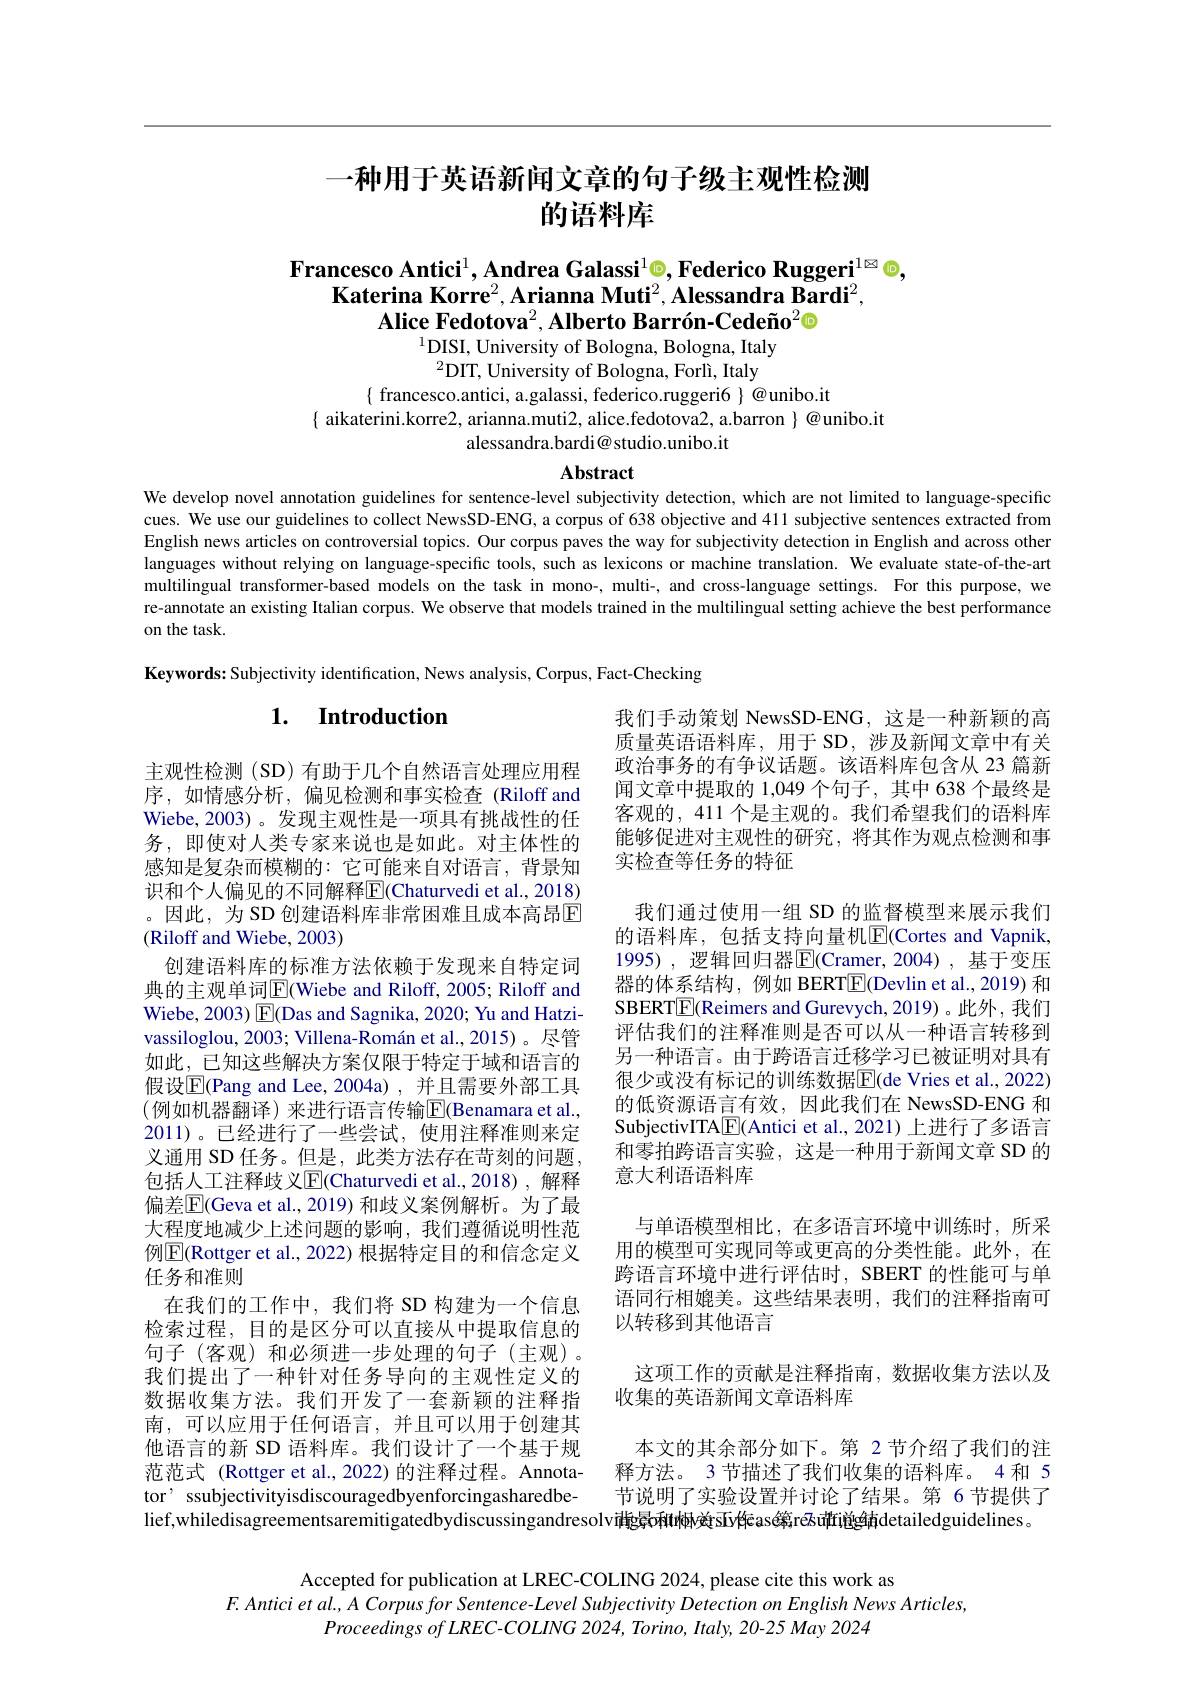
# 一种用于英语新闻文章的句子级主观性检测的语料库

# Francesco Antici$^1,\textbf{AndreaGalassi}^1$©, Federico Ruggeri$^{1\otimes}$©, $\textbf{Katerina Korre}^2,\textbf{Arianna Muti}^2,\textbf{Alessandra Bardi}^2$, Alice Fedotova$^2,\textbf{Alberto Barr\'{o}n-Cede\~{n}o}^2$© $^{1}$DISI, University of Bologna, Bologna, Italy

$^2$DIT, University of Bologna, Forlì, Italy
$\{$ francesco.antici, a.galassi, federico.ruggeri6 $\}@$unibo.it
$\{$ aikaterini.korre2, arianna.muti2, alice.fedotova2, a.barron $\}@$unibo.it
alessandra.bardi@studio.unibo.it

Abstract

We develop novel annotation guidelines for sentence-level subjectivity detection, which are not limited to language-specific cues. We use our guidelines to collect NewsSD-ENG, a corpus of 638 objective and 411 subjective sentences extracted from English news articles on controversial topics. Our corpus paves the way for subjectivity detection in English and across other languages without relying on language-specific tools, such as lexicons or machine translation. We evaluate state-of-the-art multilingual transformer-based models on the task in mono-, multi-, and cross-language settings. For this purpose, we re-annotate an existing Italian corpus. We observe that models trained in the multilingual setting achieve the best performance on the task.

Keywords: Subjectivity identification, News analysis, Corpus, Fact-Checking

## 1. Introduction

我们手动策划 NewsSD-ENG,这是一种新颖的高质量英语语料库，用于 SD, 涉及新闻文章中有关政治事务的有争议话题。该语料库包含从 23 篇新闻文章中提取的 1,049 个句子，其中 638 个最终是客观的，411 个是主观的。我们希望我们的语料库能够促进对主观性的研究，将其作为观点检测和事实检查等任务的特征

我们通过使用一组 SD 的监督模型来展示我们的语料库，包括支持向量机$\mathbb{E}($Cortes and Vapnik, 1995),逻辑回归器$\overline{\mathrm{E}}($Cramer,2004),基于变压器的体系结构，例如 BERT$\underline{\mathrm{E}}($Devlin et al.,2019) 和SBERT$\boxed{\mathbb{F}}$(Reimers and Gurevych,2019)。此外，我们评估我们的注释准则是否可以从一种语言转移到另一种语言。由于跨语言迁移学习已被证明对具有很少或没有标记的训练数据$\mathbb{E}($de Vries et al., 2022) 的低资源语言有效，因此我们在 NewsSD-ENG 和SubjectivITA$\boxed{\mathrm{F}}$(Antici et al., 2021) 上进行了多语言和零拍跨语言实验，这是一种用于新闻文章 SD 的意大利语语料库

与单语模型相比，在多语言环境中训练时，所采用的模型可实现同等或更高的分类性能。此外，在跨语言环境中进行评估时，SBERT 的性能可与单语同行相媲美。这些结果表明，我们的注释指南可以转移到其他语言
这项工作的贡献是注释指南，数据收集方法以及
收集的英语新闻文章语料库
本文的其余部分如下。第 2 节介绍了我们的注释方法。3 节描述了我们收集的语料库。4 和 5节说明了实验设置并讨论了结果。第 6 节提供了

主观性检测(SD)有助于几个自然语言处理应用程序，如情感分析，偏见检测和事实检查(Riloff and Wiebe,2003)。发现主观性是一项具有挑战性的任务，即使对人类专家来说也是如此。对主体性的感知是复杂而模糊的：它可能来自对语言，背景知识和个人偏见的不同解释E(Chaturvedi et al., 2018) 。因此，为 SD 创建语料库非常困难且成本高昂$\overline{\mathbb{E}}$ (Riloff and Wiebe, 2003)
创建语料库的标准方法依赖于发现来自特定词典的主观单词$\boxed{\mathrm{E}}($Wiebe and Riloff, 2005; Riloff and Wiebe, 2003) E(Das and Sagnika, 2020; Yu and Hatzivassiloglou, 2003; Villena-Román et al., 2015)。尽管如此，已知这些解决方案仅限于特定于域和语言的假设$\boxed{\mathrm{E}}$(Pang and Lee, 2004a),并且需要外部工具(例如机器翻译)来进行语言传输$\overline{\mathrm{E}}$(Benamara et al., 2011)。已经进行了一些尝试，使用注释准则来定义通用 SD 任务。但是，此类方法存在苛刻的问题， 包括人工注释歧义$\overline{\mathrm{E}}$(Chaturvedi et al.,2018),解释偏差$\overline{\mathbb{E}}($Geva et al., 2019) 和歧义案例解析。为了最大程度地减少上述问题的影响，我们遵循说明性范例$\boxed{\mathrm{E}}$(Rottger et al., 2022) 根据特定目的和信念定义任务和准则
在我们的工作中，我们将 SD 构建为一个信息检索过程，目的是区分可以直接从中提取信息的句子(客观)和必须进一步处理的句子(主观)。我们提出了一种针对任务导向的主观性定义的数据收集方法。我们开发了一套新颖的注释指南，可以应用于任何语言，并且可以用于创建其他语言的新 SD 语料库。我们设计了一个基于规范范式 (Rottger et al., 2022) 的注释过程。Annotator' ssubjectivityisdiscouragedbyenforcingasharedbelief,whiledisagreementsaremitigatedbydiscussingandresolviłgko和łłwésiyłeass篱rešu推i总鱼南detailedguidelines。

Accepted for publication at LREC-COLING 2024, please cite this work as
$F.Anticietal.,ACorpusforSentence-LevelSubjectivityDetectiononEnglishNewsArticles$,
Proceedings of LREC-COLING 2024, Torino, Italy, 20-25 May 2024